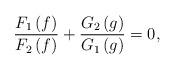
LaTeX: \begin{align*}\frac{F_{1}\left( f\right) }{F_{2}\left( f\right) }+\frac{G_{2}\left(g\right) }{G_{1}\left( g\right) }=0, \end{align*}